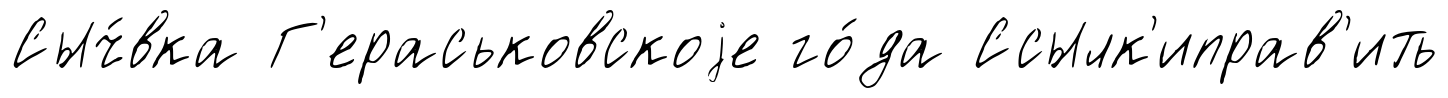
Сыч́вка Г'ераськовскоjе го́да Ссылк'иправ'ить